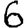
Digit: 6